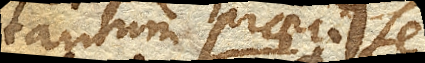
tantum praecise